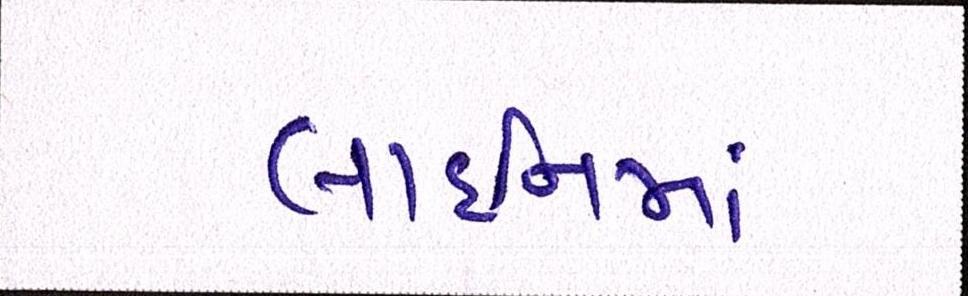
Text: લાઈનમાં